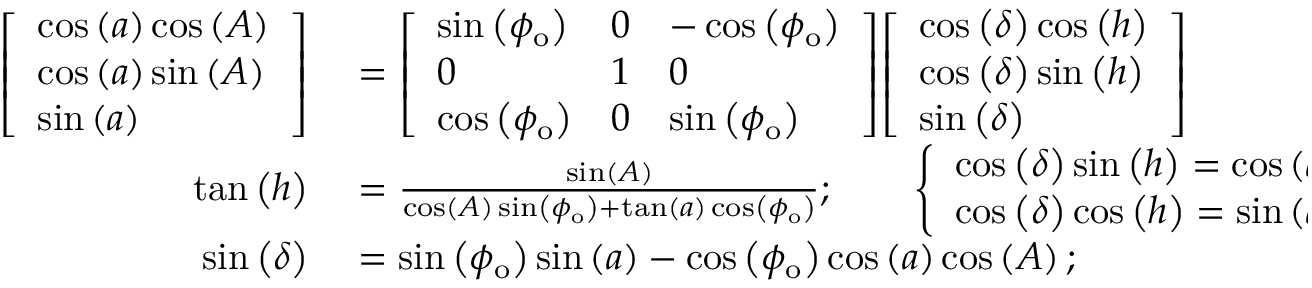
\begin{array} { r l } { { \left[ \begin{array} { l } { \cos \left( a \right) \cos \left( A \right) } \\ { \cos \left( a \right) \sin \left( A \right) } \\ { \sin \left( a \right) } \end{array} \right] } } & { { } = { \left[ \begin{array} { l l l } { \sin \left( \phi _ { \mathrm { o } } \right) } & { 0 } & { - \cos \left( \phi _ { \mathrm { o } } \right) } \\ { 0 } & { 1 } & { 0 } \\ { \cos \left( \phi _ { \mathrm { o } } \right) } & { 0 } & { \sin \left( \phi _ { \mathrm { o } } \right) } \end{array} \right] } { \left[ \begin{array} { l } { \cos \left( \delta \right) \cos \left( h \right) } \\ { \cos \left( \delta \right) \sin \left( h \right) } \\ { \sin \left( \delta \right) } \end{array} \right] } } \\ { \tan \left( h \right) } & { { } = { \frac { \sin \left( A \right) } { \cos \left( A \right) \sin \left( \phi _ { \mathrm { o } } \right) + \tan \left( a \right) \cos \left( \phi _ { \mathrm { o } } \right) } } ; \qquad { \left\{ \begin{array} { l l } { \cos \left( \delta \right) \sin \left( h \right) = \cos \left( a \right) \sin \left( A \right) ; } \\ { \cos \left( \delta \right) \cos \left( h \right) = \sin \left( a \right) \cos \left( \phi _ { \mathrm { o } } \right) + \cos \left( a \right) \cos \left( A \right) \sin \left( \phi _ { \mathrm { o } } \right) } \end{array} \right. } } \\ { \sin \left( \delta \right) } & { { } = \sin \left( \phi _ { \mathrm { o } } \right) \sin \left( a \right) - \cos \left( \phi _ { \mathrm { o } } \right) \cos \left( a \right) \cos \left( A \right) ; } \end{array}